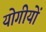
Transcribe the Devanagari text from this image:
योगीयों